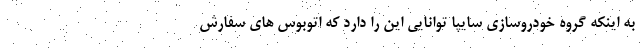
به اینکه گروه خودروسازی سایپا توانایی این را دارد که اتوبوس های سفارش